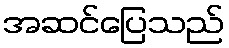
အဆင်ပြေသည်